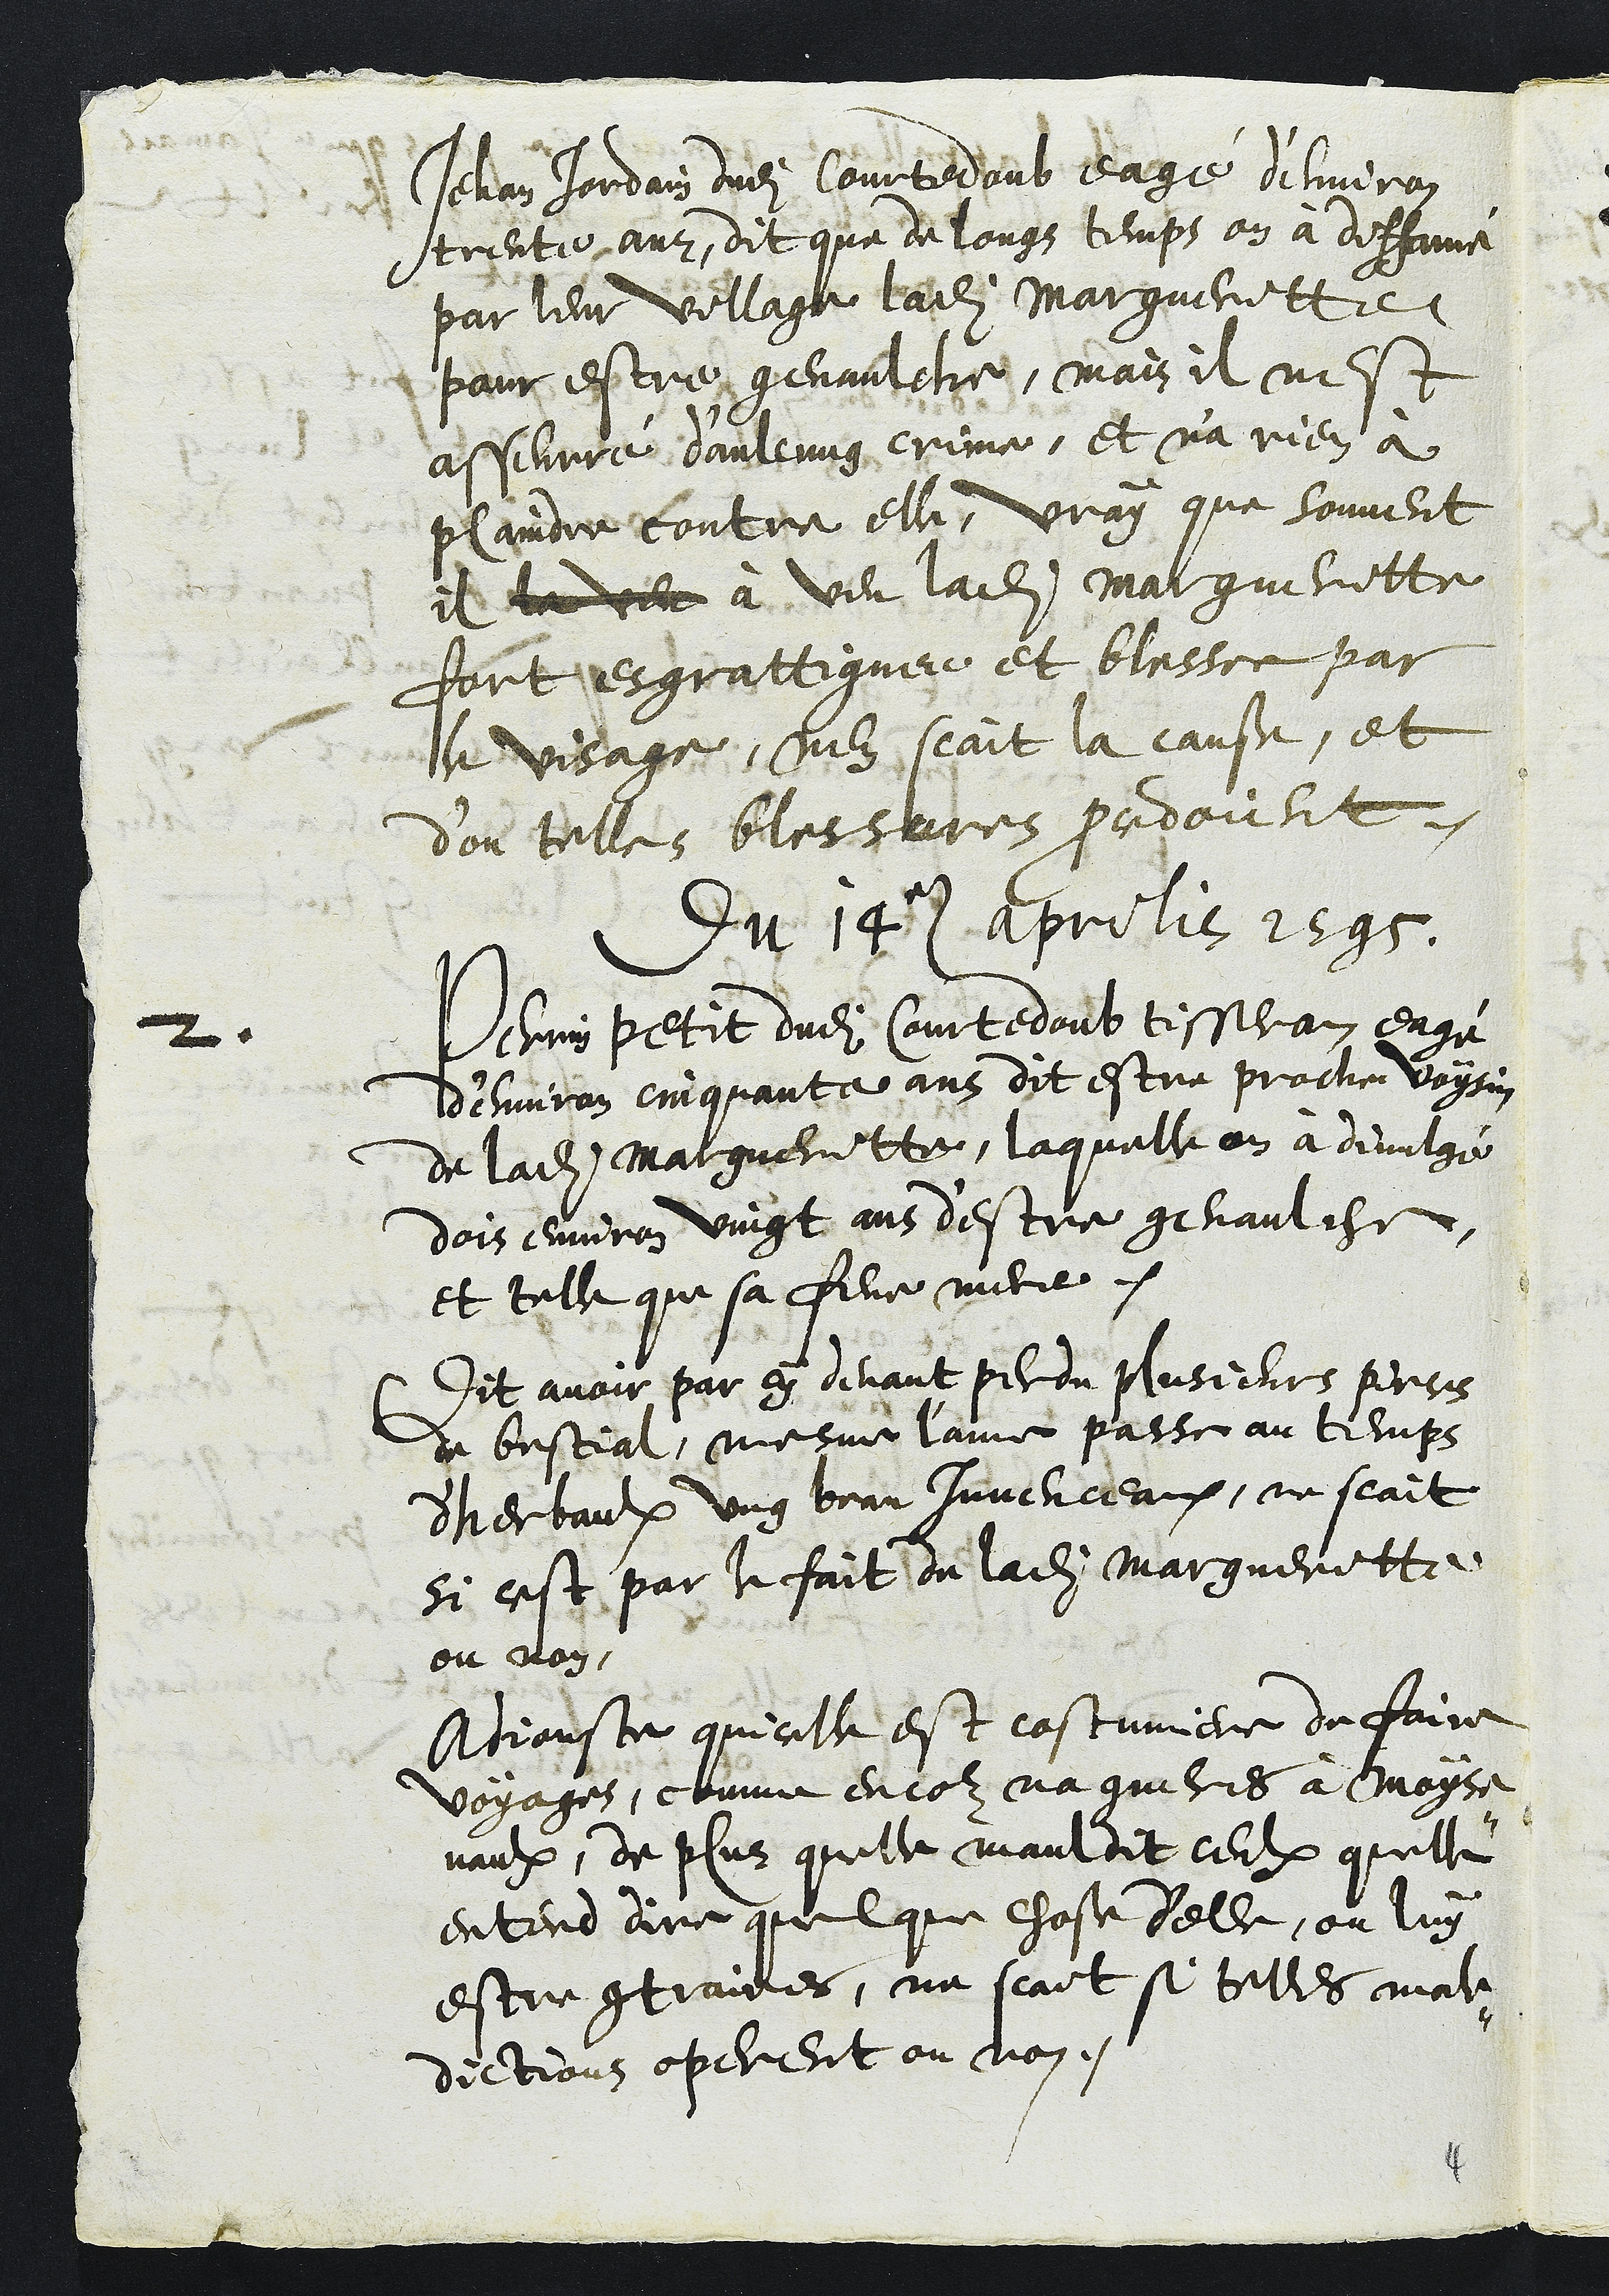
Jehan Jordain dudit Courtedoub eagé d'environ
trente anz, dit que de longs temps on à diffamé
par leur village ladite Margueritte
pour estre genaulche, mais il nest
asseuré d'aulcung crime, et n'a rien à
plaindre contre elle, vray que souvent
il la veu à veu ladite Margueritte
fort esgrattignee et blessee par
le visage, nen scait la cause, et
d'ou telle blessures procedoient.
2
Du 14e aprilis 1595
Perrin petit dudit Courtedoub tisseran eagé
d’environ cinquante ans dit estre proche voysin
de ladite Margueritte, laquelle on à divulgé
dois environ vingt ans d'estre genaulche
et telle que sa feue mere.
Dit avoir par cy devant perdu plusieurs pieces
de bestial, mesme l'anne passe au temps
d'herbaulx ung beau Juvenceaux, ne scait
si cest par le fait de ladite Margueritte
ou non
Adjouste quelle est costumiere de faire
voyage comme encor nagueres a mayse-
vaulx, de plus quelle mauldit ceulx quelle
entend dire quelque chose d'elle, ou luy
estre contraires, ne scait si telles male-
dictions operent ou non.